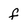
Character: f